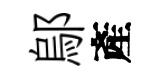
鄔產